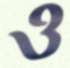
ও